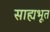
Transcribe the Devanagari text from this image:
साह्यभूत